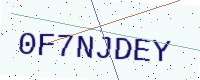
Text: 0F7NJDEY